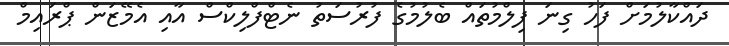
ދައްކާލުމަށް ފަހު ގިނަ ފިލްމުތައް ބެލުމުގެ ފުރުސަތު ނެޓްފްލިކްސް އާއި އެމޭޒަން ޕްރައިމް